Vaccine operations Central Provinces 1886-1899 - 1886-1899
Year: 1886
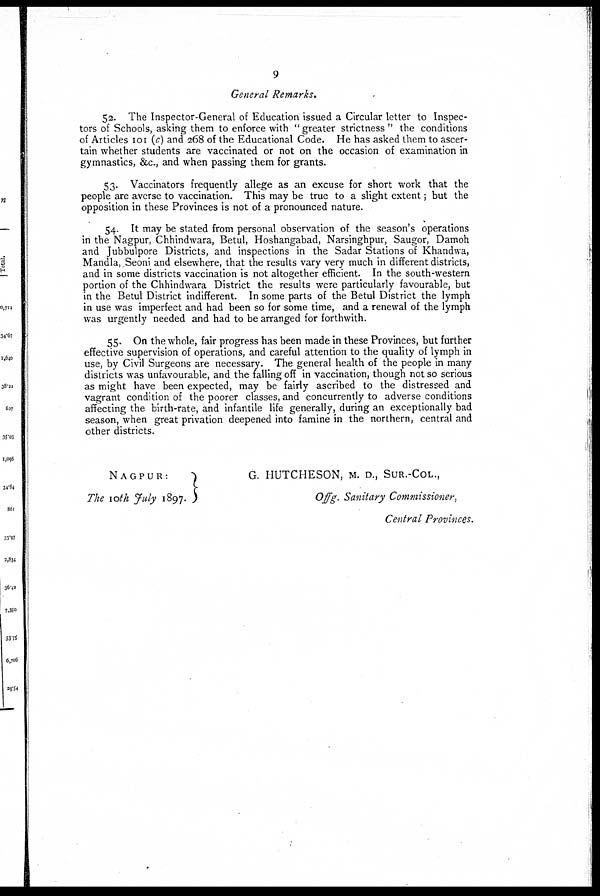
9
General Remarks.
52. The Inspector-General of Education issued a Circular letter to Inspec-
tors of Schools, asking them to enforce with " greater strictness " the conditions
of Articles 101 (c) and 268 of the Educational Code. He has asked them to ascer-
tain whether students are vaccinated or not on the occasion of examination in
gymnastics, &c., and when passing them for grants.
53. Vaccinators frequently allege as an excuse for short work that the
people are averse to vaccination. This may be true to a slight extent; but the
opposition in these Provinces is not of a pronounced nature.
54. It may be stated from personal observation of the season's operations
in the Nagpur, Chhindwara, Betul, Hoshangabad, Narsinghpur, Saugor, Damoh
and Jubbulpore Districts, and inspections in the Sadar Stations of Khandwa,
Mandla, Seoni and elsewhere, that the results vary very much in different districts,
and in some districts vaccination is not altogether efficient. In the south-western
portion of the Chhindwara District the results were particularly favourable, but
in the Betul District indifferent. In some parts of the Betul District the lymph
in use was imperfect and had been so for some time, and a renewal of the lymph
was urgently needed and had to be arranged for forthwith.
55. On the whole, fair progress has been made in these Provinces, but further
effective supervision of operations, and careful attention to the quality of lymph in
use, by Civil Surgeons are necessary. The general health of the people in many
districts was unfavourable, and the falling off in vaccination, though not so serious
as might have been expected, may be fairly ascribed to the distressed and
vagrant condition of the poorer classes, and concurrently to adverse conditions
affecting the birth-rate, and infantile life generally, during an exceptionally bad
season, when great privation deepened into famine in the northern, central and
other districts.
NAGPUR:
The 10th July 1897.
G. HUTCHESON, M. D., SUR.-COL.,
Offg. Sanitary Commissioner,
Central Provinces.